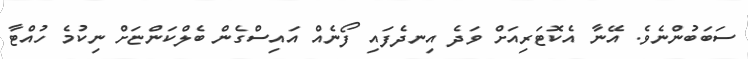
ސަބަބުންނެވެ. އޭނާ އެކޮޓަރިއަށް ވަދެ އިނދެފައި ފޯނެއް އައިސްގެން ބެލްކަންޏަށް ނިކުމެ ހުއްޓާ